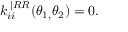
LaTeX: k _ { i i } ^ { \mathbf { \alpha | } R R } ( \theta _ { 1 , } \theta _ { 2 } ) = 0 .